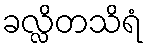
ခလ္လိတသိရံ